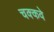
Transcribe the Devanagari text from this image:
चक्‍कवे